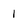
Character: 1